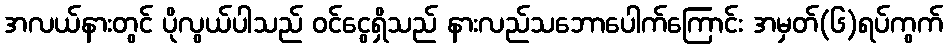
အလယ်နားတွင် ပိုလွယ်ပါသည် ဝင်ငွေရှိသည် နားလည်သဘောပေါက်ကြောင်း အမှတ်(၆)ရပ်ကွက်